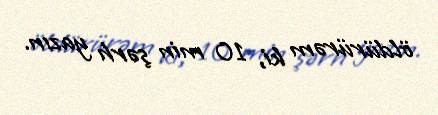
öldürürəm ki, 10 min şərh yazın.